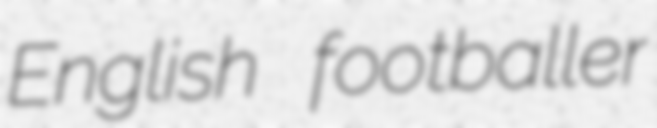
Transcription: English footballer